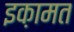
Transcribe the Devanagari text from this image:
इक़ामत